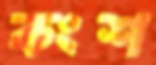
কংশ